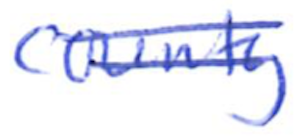
Text: county
Cross-out: double-line
Writing tool: ballpoint